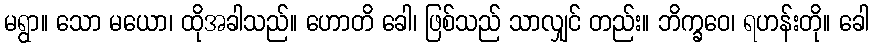
မရွာ။ သော မယော၊ ထိုအခါသည်။ ဟောတိ ခေါ၊ ဖြစ်သည် သာလျှင် တည်း။ ဘိက္ခဝေ၊ ရဟန်းတို။ ခေါ